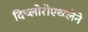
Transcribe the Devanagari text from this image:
दिच्लोरोएथ्य्लेने